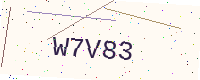
Text: W7V83